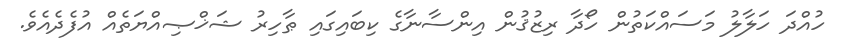
ހުއްދަ ހަލާލު މަސައްކަތުން ހޯދާ ރިޒުޤުން އިންސާނާގެ ކިބައިގައި ޠާހިރު ޝަޚްޞިއްޔަތެއް އުފެދެއެވެ.